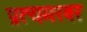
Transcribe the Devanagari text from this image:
प्रत्यमरवर